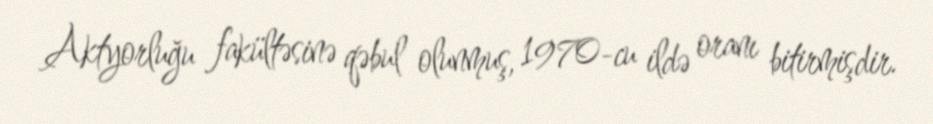
Aktyorluğu fakültəsinə qəbul olunmuş, 1970-cu ildə oranı bitirmişdir.